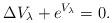
LaTeX: \begin{align*}\Delta V_{\lambda} + e^{V_{\lambda}}=0. \end{align*}